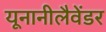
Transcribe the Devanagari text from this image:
यूनानीलैवेंडर